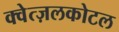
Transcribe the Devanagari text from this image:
क्वेत्ज़लकोटल